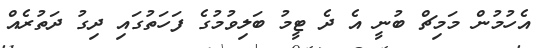
އެހުމުން މަމިޗް ބުނީ އެ ދެ ޓީމު ބަލިވުމުގެ ފަހަތުގައި ދިގު ދަތުރެއް